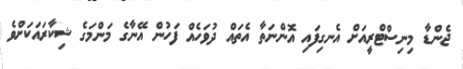
ޖެންޑާ މިނިސްޓްރީއަށް އެނގިފައި އޮންނަތާ އެތައް ދުވަހެއް ފަހުން އޭނާގެ މަންމަގެ ޝިކާރައަކަށްވެ